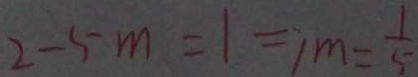
2 - 5 m = 1 = 1 m = \frac { 1 } { 5 }